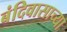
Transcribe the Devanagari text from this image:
बंदिवासाच्या